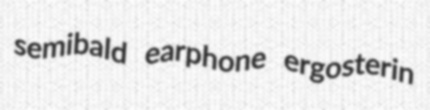
semibald earphone ergosterin